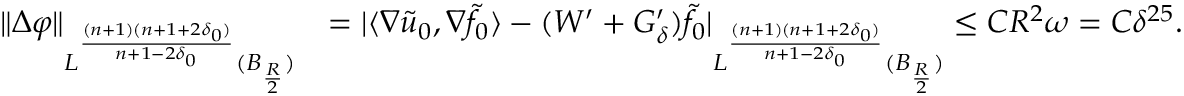
\begin{array} { r l } { \| \Delta \varphi \| _ { L ^ { \frac { ( n + 1 ) ( n + 1 + 2 \delta _ { 0 } ) } { n + 1 - 2 \delta _ { 0 } } } ( B _ { \frac { R } { 2 } } ) } } & { = | \langle \nabla \tilde { u } _ { 0 } , \nabla \tilde { f } _ { 0 } \rangle - ( W ^ { \prime } + G _ { \delta } ^ { \prime } ) \tilde { f } _ { 0 } | _ { L ^ { \frac { ( n + 1 ) ( n + 1 + 2 \delta _ { 0 } ) } { n + 1 - 2 \delta _ { 0 } } } ( B _ { \frac { R } { 2 } } ) } \leq C R ^ { 2 } \omega = C \delta ^ { 2 5 } . } \end{array}